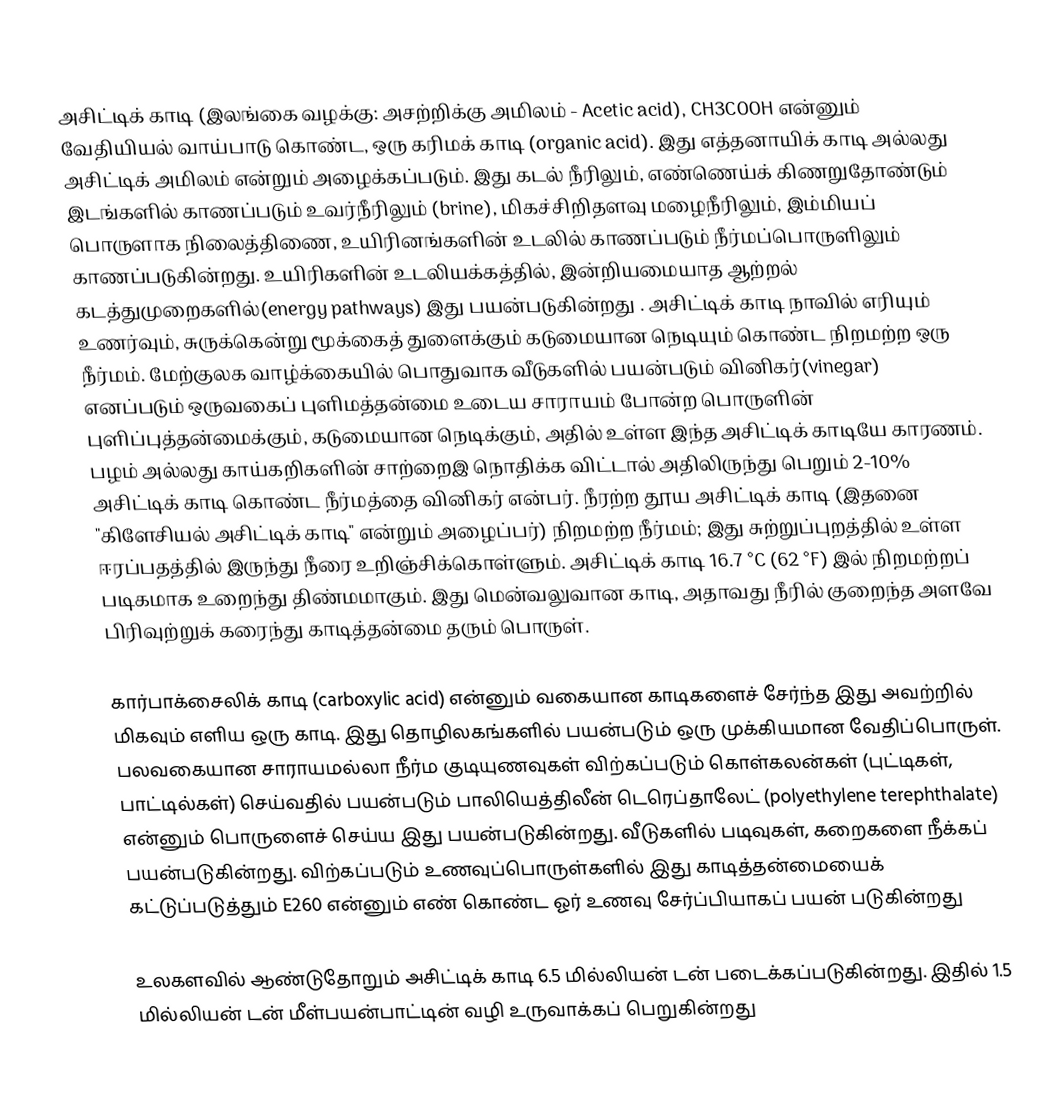
அசிட்டிக் காடி (இலங்கை வழக்கு: அசற்றிக்கு அமிலம் - Acetic acid), CH3COOH என்னும் வேதியியல் வாய்பாடு கொண்ட, ஒரு கரிமக் காடி (organic acid). இது எத்தனாயிக் காடி அல்லது அசிட்டிக் அமிலம் என்றும் அழைக்கப்படும். இது கடல் நீரிலும், எண்ணெய்க் கிணறுதோண்டும் இடங்களில் காணப்படும் உவர்நீரிலும் (brine), மிகச்சிறிதளவு மழைநீரிலும், இம்மியப் பொருளாக நிலைத்திணை, உயிரினங்களின் உடலில் காணப்படும் நீர்மப்பொருளிலும் காணப்படுகின்றது. உயிரிகளின் உடலியக்கத்தில், இன்றியமையாத ஆற்றல் கடத்துமுறைகளில்(energy pathways) இது பயன்படுகின்றது . அசிட்டிக் காடி நாவில் எரியும் உணர்வும், சுருக்கென்று மூக்கைத் துளைக்கும் கடுமையான நெடியும் கொண்ட நிறமற்ற ஒரு நீர்மம். மேற்குலக வாழ்க்கையில் பொதுவாக வீடுகளில் பயன்படும் வினிகர்(vinegar) எனப்படும் ஒருவகைப் புளிமத்தன்மை உடைய சாராயம் போன்ற பொருளின் புளிப்புத்தன்மைக்கும், கடுமையான நெடிக்கும், அதில் உள்ள இந்த அசிட்டிக் காடியே காரணம். பழம் அல்லது காய்கறிகளின் சாற்றைஇ நொதிக்க விட்டால் அதிலிருந்து பெறும் 2-10% அசிட்டிக் காடி கொண்ட நீர்மத்தை வினிகர் என்பர். நீரற்ற தூய அசிட்டிக் காடி (இதனை  "கிளேசியல் அசிட்டிக் காடி" என்றும் அழைப்பர்) நிறமற்ற நீர்மம்; இது சுற்றுப்புறத்தில் உள்ள ஈரப்பதத்தில் இருந்து நீரை உறிஞ்சிக்கொள்ளும். அசிட்டிக் காடி 16.7 °C (62 °F) இல் நிறமற்றப் படிகமாக உறைந்து திண்மமாகும். இது மென்வலுவான காடி, அதாவது நீரில் குறைந்த அளவே பிரிவுற்றுக் கரைந்து காடித்தன்மை தரும் பொருள்.

கார்பாக்சைலிக் காடி (carboxylic acid) என்னும் வகையான காடிகளைச் சேர்ந்த இது அவற்றில் மிகவும் எளிய ஒரு காடி. இது தொழிலகங்களில் பயன்படும் ஒரு முக்கியமான வேதிப்பொருள். பலவகையான சாராயமல்லா நீர்ம குடியுணவுகள் விற்கப்படும் கொள்கலன்கள் (புட்டிகள், பாட்டில்கள்) செய்வதில் பயன்படும் பாலியெத்திலீன் டெரெப்தாலேட் (polyethylene terephthalate) என்னும் பொருளைச் செய்ய இது பயன்படுகின்றது. வீடுகளில் படிவுகள், கறைகளை நீக்கப் பயன்படுகின்றது. விற்கப்படும் உணவுப்பொருள்களில் இது காடித்தன்மையைக் கட்டுப்படுத்தும் E260 என்னும் எண் கொண்ட ஓர் உணவு சேர்ப்பியாகப் பயன் படுகின்றது

உலகளவில் ஆண்டுதோறும் அசிட்டிக் காடி 6.5 மில்லியன் டன் படைக்கப்படுகின்றது. இதில் 1.5 மில்லியன் டன் மீள்பயன்பாட்டின் வழி உருவாக்கப் பெறுகின்றது